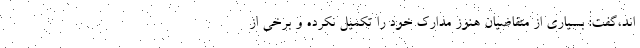
اند،گفت: بسیاری از متقاضیان هنوز مدارک خود را تکمیل نکرده و برخی از